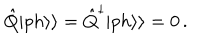
\hat { Q } | p h \rangle \rangle = \hat { Q } ^ { \dagger } | p h \rangle \rangle = 0 \, .